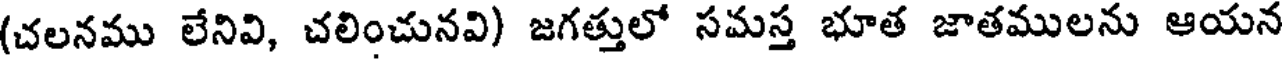
(చలనము లేనివి, చలించునవి) జగత్తులో సమస్త భూత జాతములను ఆయన